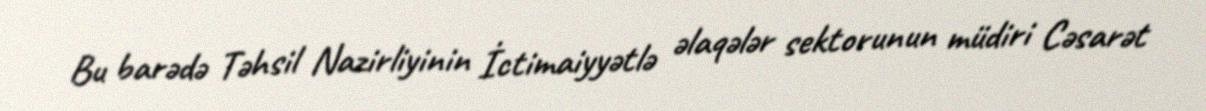
Bu barədə Təhsil Nazirliyinin İctimaiyyətlə əlaqələr sektorunun müdiri Cəsarət